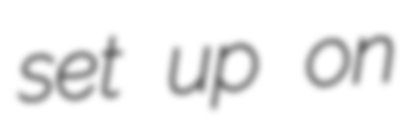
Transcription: set up on